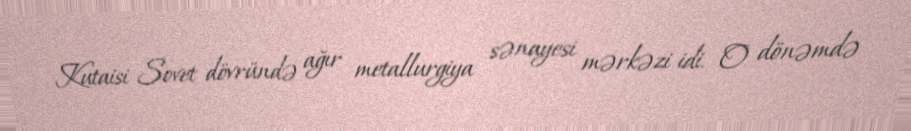
Kutaisi Sovet dövründə ağır metallurgiya sənayesi mərkəzi idi. O dönəmdə